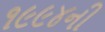
૧૯૯૪ની